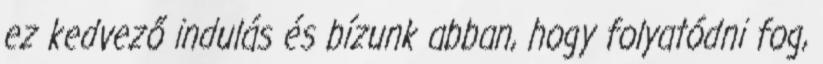
ez kedvező indulás és bízunk abban, hogy folyatódni fog,